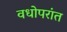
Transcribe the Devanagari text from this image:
वधोपरांत